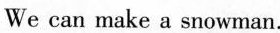
We can make a snowman.